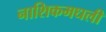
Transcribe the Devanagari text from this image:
नाशिकमधली